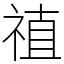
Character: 禃